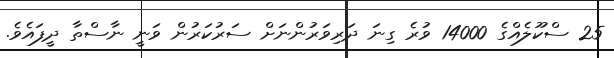
25 ސްކޫލެއްގެ 14000 ވުރެ ގިނަ ދަރިވަރުންނަށް ސަރުކަރުން ވަނީ ނާސްތާ ދީފައެވެ.